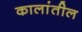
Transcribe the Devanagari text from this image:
कालांतील